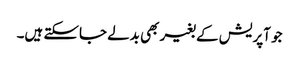
جو آپریش کے بغیر بھی بدلے جاسکتے ہیں۔